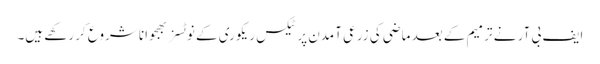
ایف بی آر نے ترمیم کے بعد ماضی کی زرعی آمدن پر ٹیکس ریکوری کے نوٹسز بھجوانا شروع کر رکھے ہیں۔